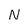
Character: N